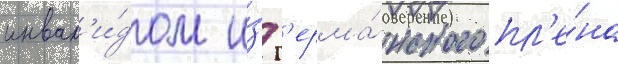
инвал'и́дом и́з г'ерма́нского пл'е́на